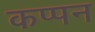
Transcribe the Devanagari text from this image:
कप्पन